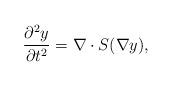
LaTeX: \begin{align*}\frac{\partial^2 y}{\partial t^2}=\nabla\cdot S(\nabla y),\end{align*}